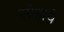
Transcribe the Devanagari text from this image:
सोहाचे